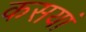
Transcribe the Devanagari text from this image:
कसयां